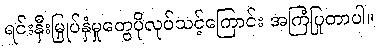
ရင်းနှီးမြှုပ်နှံမှုတွေပိုလုပ်သင့်ကြောင်း အကြံပြုတာပါ။